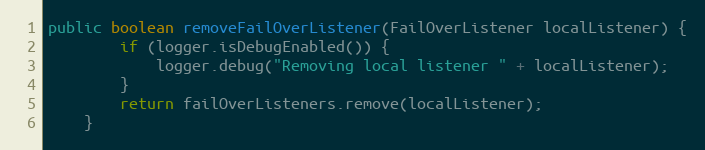
Language: Java
public boolean removeFailOverListener(FailOverListener localListener) {
		if (logger.isDebugEnabled()) {
			logger.debug("Removing local listener " + localListener);
		}
		return failOverListeners.remove(localListener);
	}